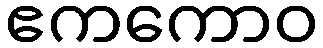
ဧကကောဝ